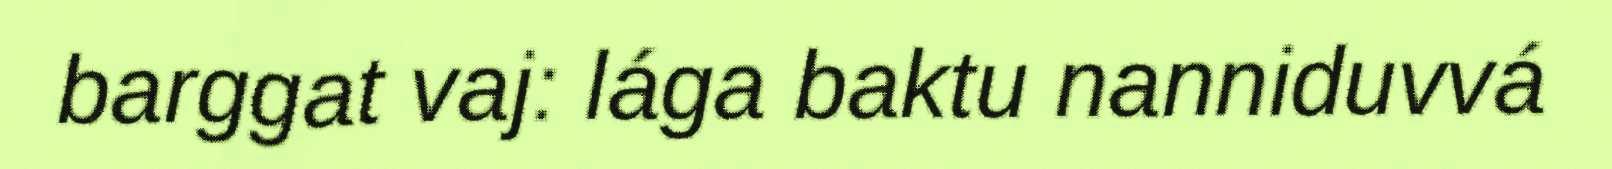
barggat vaj: lága baktu nanniduvvá